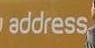
address